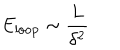
E _ { \mathrm { l o o p } } \sim \frac { L } { \delta ^ { 2 } }